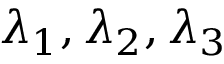
\lambda _ { 1 } , \lambda _ { 2 } , \lambda _ { 3 }